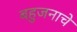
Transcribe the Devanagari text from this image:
बहुजनाचे